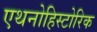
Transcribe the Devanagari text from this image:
एथनोहिस्टोरिक